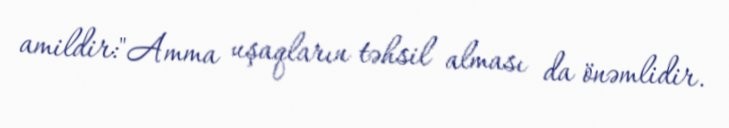
amildir:"Amma uşaqların təhsil alması da önəmlidir.